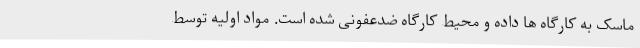
ماسک به کارگاه ها داده و محیط کارگاه ضدعفونی شده است. مواد اولیه توسط